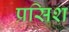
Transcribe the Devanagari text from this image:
प्रसिश